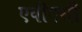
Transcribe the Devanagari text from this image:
एवीएसी